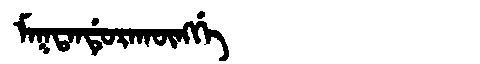
Manchu: ᠮᠠᡴᡨᠠᠨᡩᡠᡵᠠᡴᡡᠩᡤᡝ
Romanization: MAKTANDURAKŪNGGE